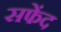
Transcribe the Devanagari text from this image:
सफेंद